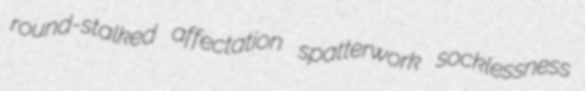
round-stalked affectation spatterwork socklessness